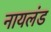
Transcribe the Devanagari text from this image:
नायलंड